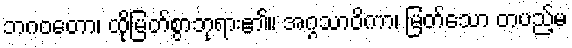
ဘဂဝတော၊ ထိုမြတ်စွာဘုရား၏။ အဂ္ဂသာဝိကာ၊ မြတ်သော တပည့်မ